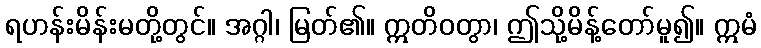
ရဟန်းမိန်းမတို့တွင်။ အဂ္ဂါ၊ မြတ်၏။ ဣတိဝတွာ၊ ဤသို့မိန့်တော်မူ၍။ ဣမံ